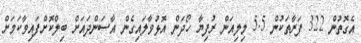
އެގޮތުން 322 ފަރާތަކުން 5.5 މިލިއަން ރުފިޔާ ހޯދަން އޮޅުވާލައިގެން އާސަންދައަށް ބިލްކޮށްފައިވާކަމަށް